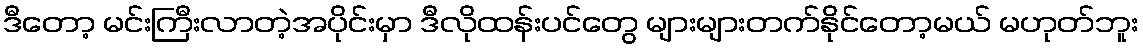
ဒီတော့ မင်းကြီးလာတဲ့အပိုင်းမှာ ဒီလိုထန်းပင်တွေ များများတက်နိုင်တော့မယ် မဟုတ်ဘူး